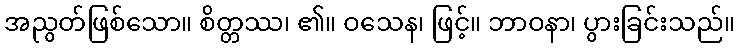
အညွတ်ဖြစ်သော။ စိတ္တဿ၊ ၏။ ဝသေန၊ ဖြင့်။ ဘာဝနာ၊ ပွားခြင်းသည်။